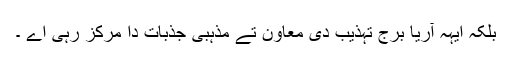
بلکہ ایہہ آریا برج تہذیب دی معاون تے مذہبی جذبات دا مرکز رہی اے ۔